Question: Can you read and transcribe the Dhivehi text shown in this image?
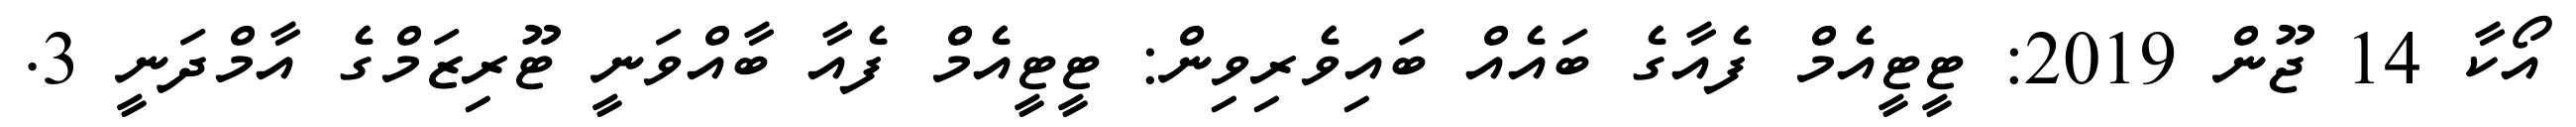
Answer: އޯކާ 14 ޖޫން 2019: ޓީޓީއެމް ފެއާގެ ބައެއް ބައިވެރިވިން: ޓީޓީއެމް ފެއާ ބާއްވަނީ ޓޫރިޒަމްގެ އާމްދަނީ 3.